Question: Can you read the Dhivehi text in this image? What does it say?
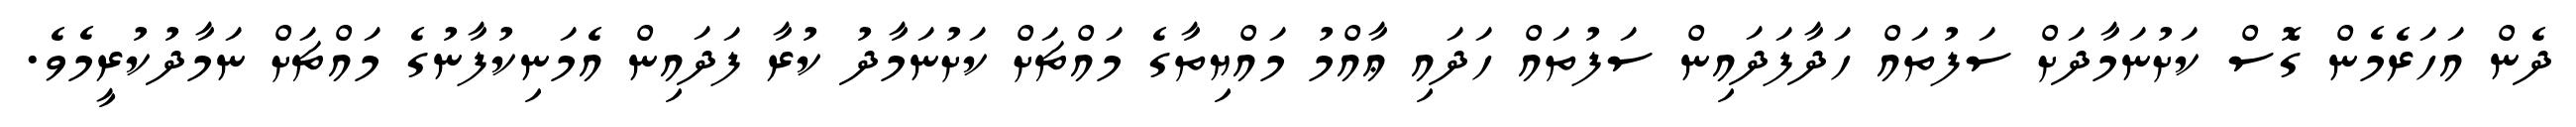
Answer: ދެން އަހަރެމެން ގޮސް ކަށުނަމާދަށް ސަފުތައް ހަދާފަދައިން ސަފުތައް ހަދައި ޢާއްމު މައްޔިތާގެ މައްޗަށް ކަށުނަމާދު ކުރާ ފަދައިން އެމަނިކުފާނުގެ މައްޗަށް ނަމާދުކުރީމެވެ.